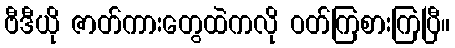
ဗီဒီယို ဇာတ်ကားတွေထဲကလို ဝတ်ကြစားကြပြီ။